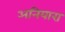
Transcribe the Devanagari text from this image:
अनियारा